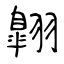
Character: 翺